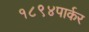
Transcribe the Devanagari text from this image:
१८९४पार्कर